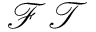
\mathcal { F T }